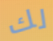
لك